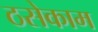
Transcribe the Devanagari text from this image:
ठसेकाम